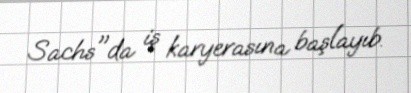
Sachs"da iş karyerasına başlayıb.